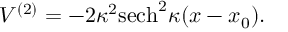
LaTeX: V ^ { ( 2 ) } = - 2 \kappa ^ { 2 } \mathrm { s e c h } ^ { 2 } \kappa ( x - x _ { 0 } ) .